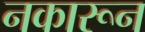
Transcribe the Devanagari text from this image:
नकारून